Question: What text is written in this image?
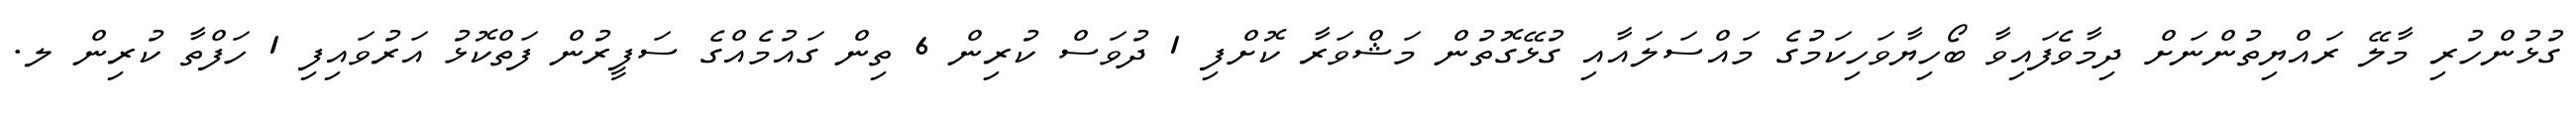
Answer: ގުޅުންހުރި މާލޭ ރައްޔިތުންނަށް ދިމާވެފައިވާ ބޯހިޔާވަހިކަމުގެ މައްސަލައާއި ގުޅޭގޮތުން މަޝްވަރާ ކޮށްފި 1 ދުވަސް ކުރިން 6 ތިން ގައުމެއްގެ ސަފީރުން ފަތްކޮޅު އަރުވައިފި 1 ހަފްތާ ކުރިން ލ.